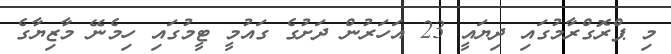
މި ޕްރޮގްރާމުގައި ދިޔައީ 23 އަހަރުން ދަށުގެ ގައުމީ ޓީމުގައި ހިމެނޭ މާޒިޔާގެ